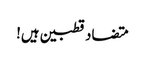
متضاد قطبین ہیں!